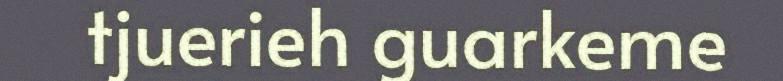
tjuerieh guarkeme